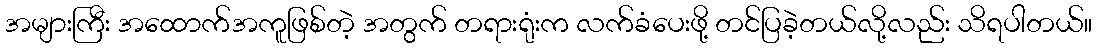
အများကြီး အထောက်အကူဖြစ်တဲ့ အတွက် တရားရုံးက လက်ခံပေးဖို့ တင်ပြခဲ့တယ်လို့လည်း သိရပါတယ်။